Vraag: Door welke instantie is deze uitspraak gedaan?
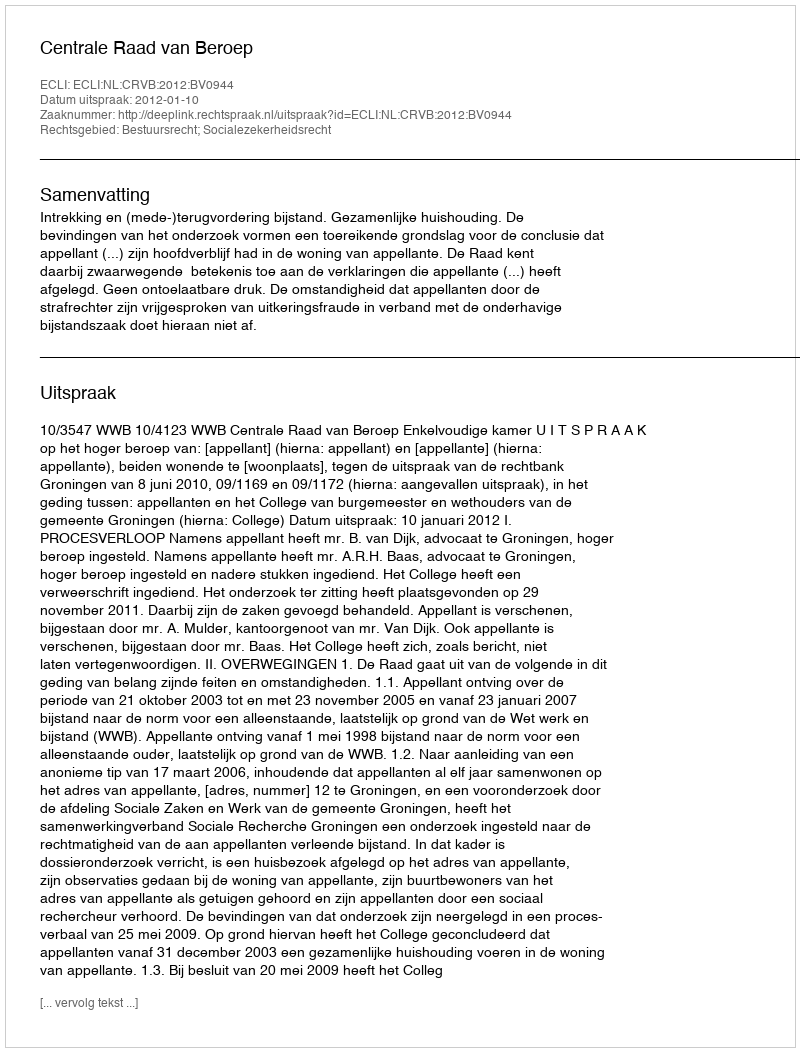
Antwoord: Centrale Raad van Beroep